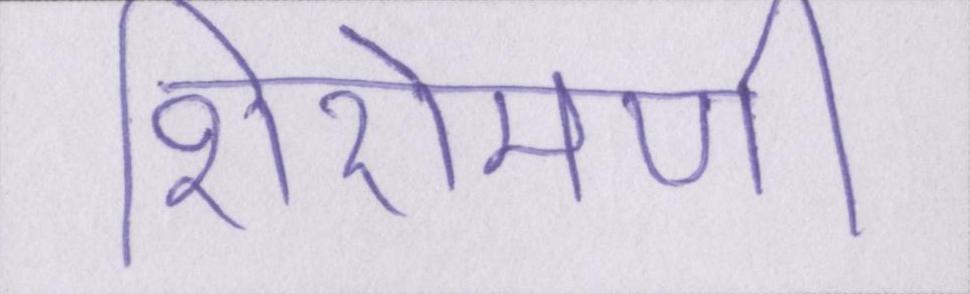
शिरोमणी